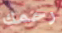
رحمك